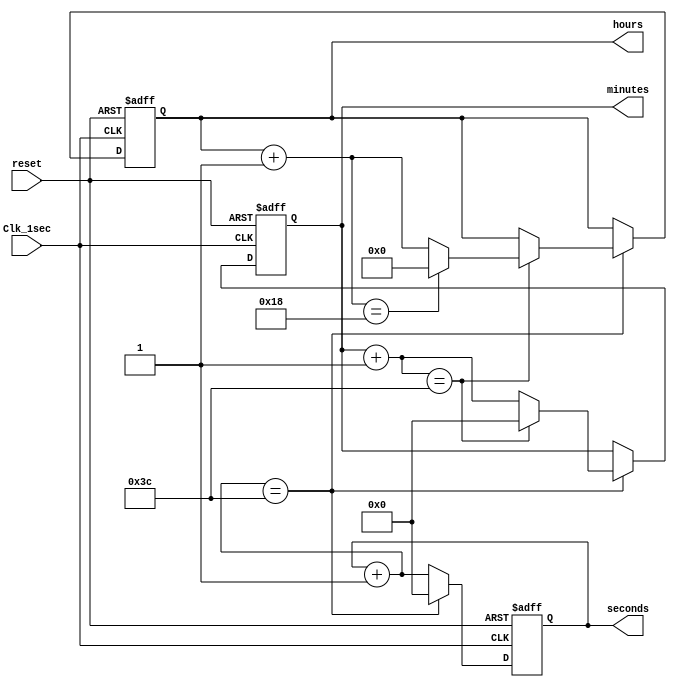
module Digital_Clock(
    Clk_1sec, reset, seconds,
    minutes,
    hours);

input Clk_1sec;  
    input reset;

output [5:0] seconds;
    output [5:0] minutes;
    output [4:0] hours;
//Internal variables.
    reg [5:0] seconds;
    reg [5:0] minutes;
    reg [4:0] hours; 

   
    always @(posedge(Clk_1sec) or posedge(reset))
    begin
        if(reset == 1'b1) begin  
            //reset the time.
            seconds = 0;
            minutes = 0;
            hours = 0;  end
        else if(Clk_1sec == 1'b1) begin  //at the beginning of each second
            seconds = seconds + 1; //increment sec
            if(seconds == 60) begin //check for max value of sec
                seconds = 0;  //reset seconds
                minutes = minutes + 1; //increment minutes
                if(minutes == 60) begin //check for max value of min
                    minutes = 0;  //reset minutes
                    hours = hours + 1;  //increment hours
                   if(hours ==  24) begin  //check for max value of hours
                        hours = 0; //reset hours
                    end 
                end
            end     
        end
    end     

endmodule